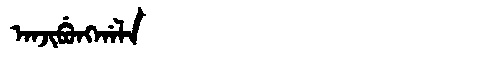
Manchu: ᠠᠨᠵᡳᠪᡠᠩᡤᠠᠯᠠ
Romanization: ANJIBUNGGALA